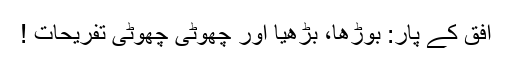
افق کے پار: بوڑھا، بڑھیا اور چھوٹی چھوٹی تفریحات !